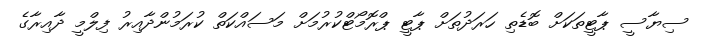
ސިޔާސީ ޕާޓީތަކަށް ބޮޑެތި ހަރަދުތަށް ޕާޓީ ޕްރޮމޯޓްކުރުމަށް މަސައްކަތް ކުރަމުންދާއިރު ފިލްމީ ދާއިރާގެ